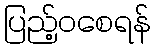
ပြည့်ဝစေရန်